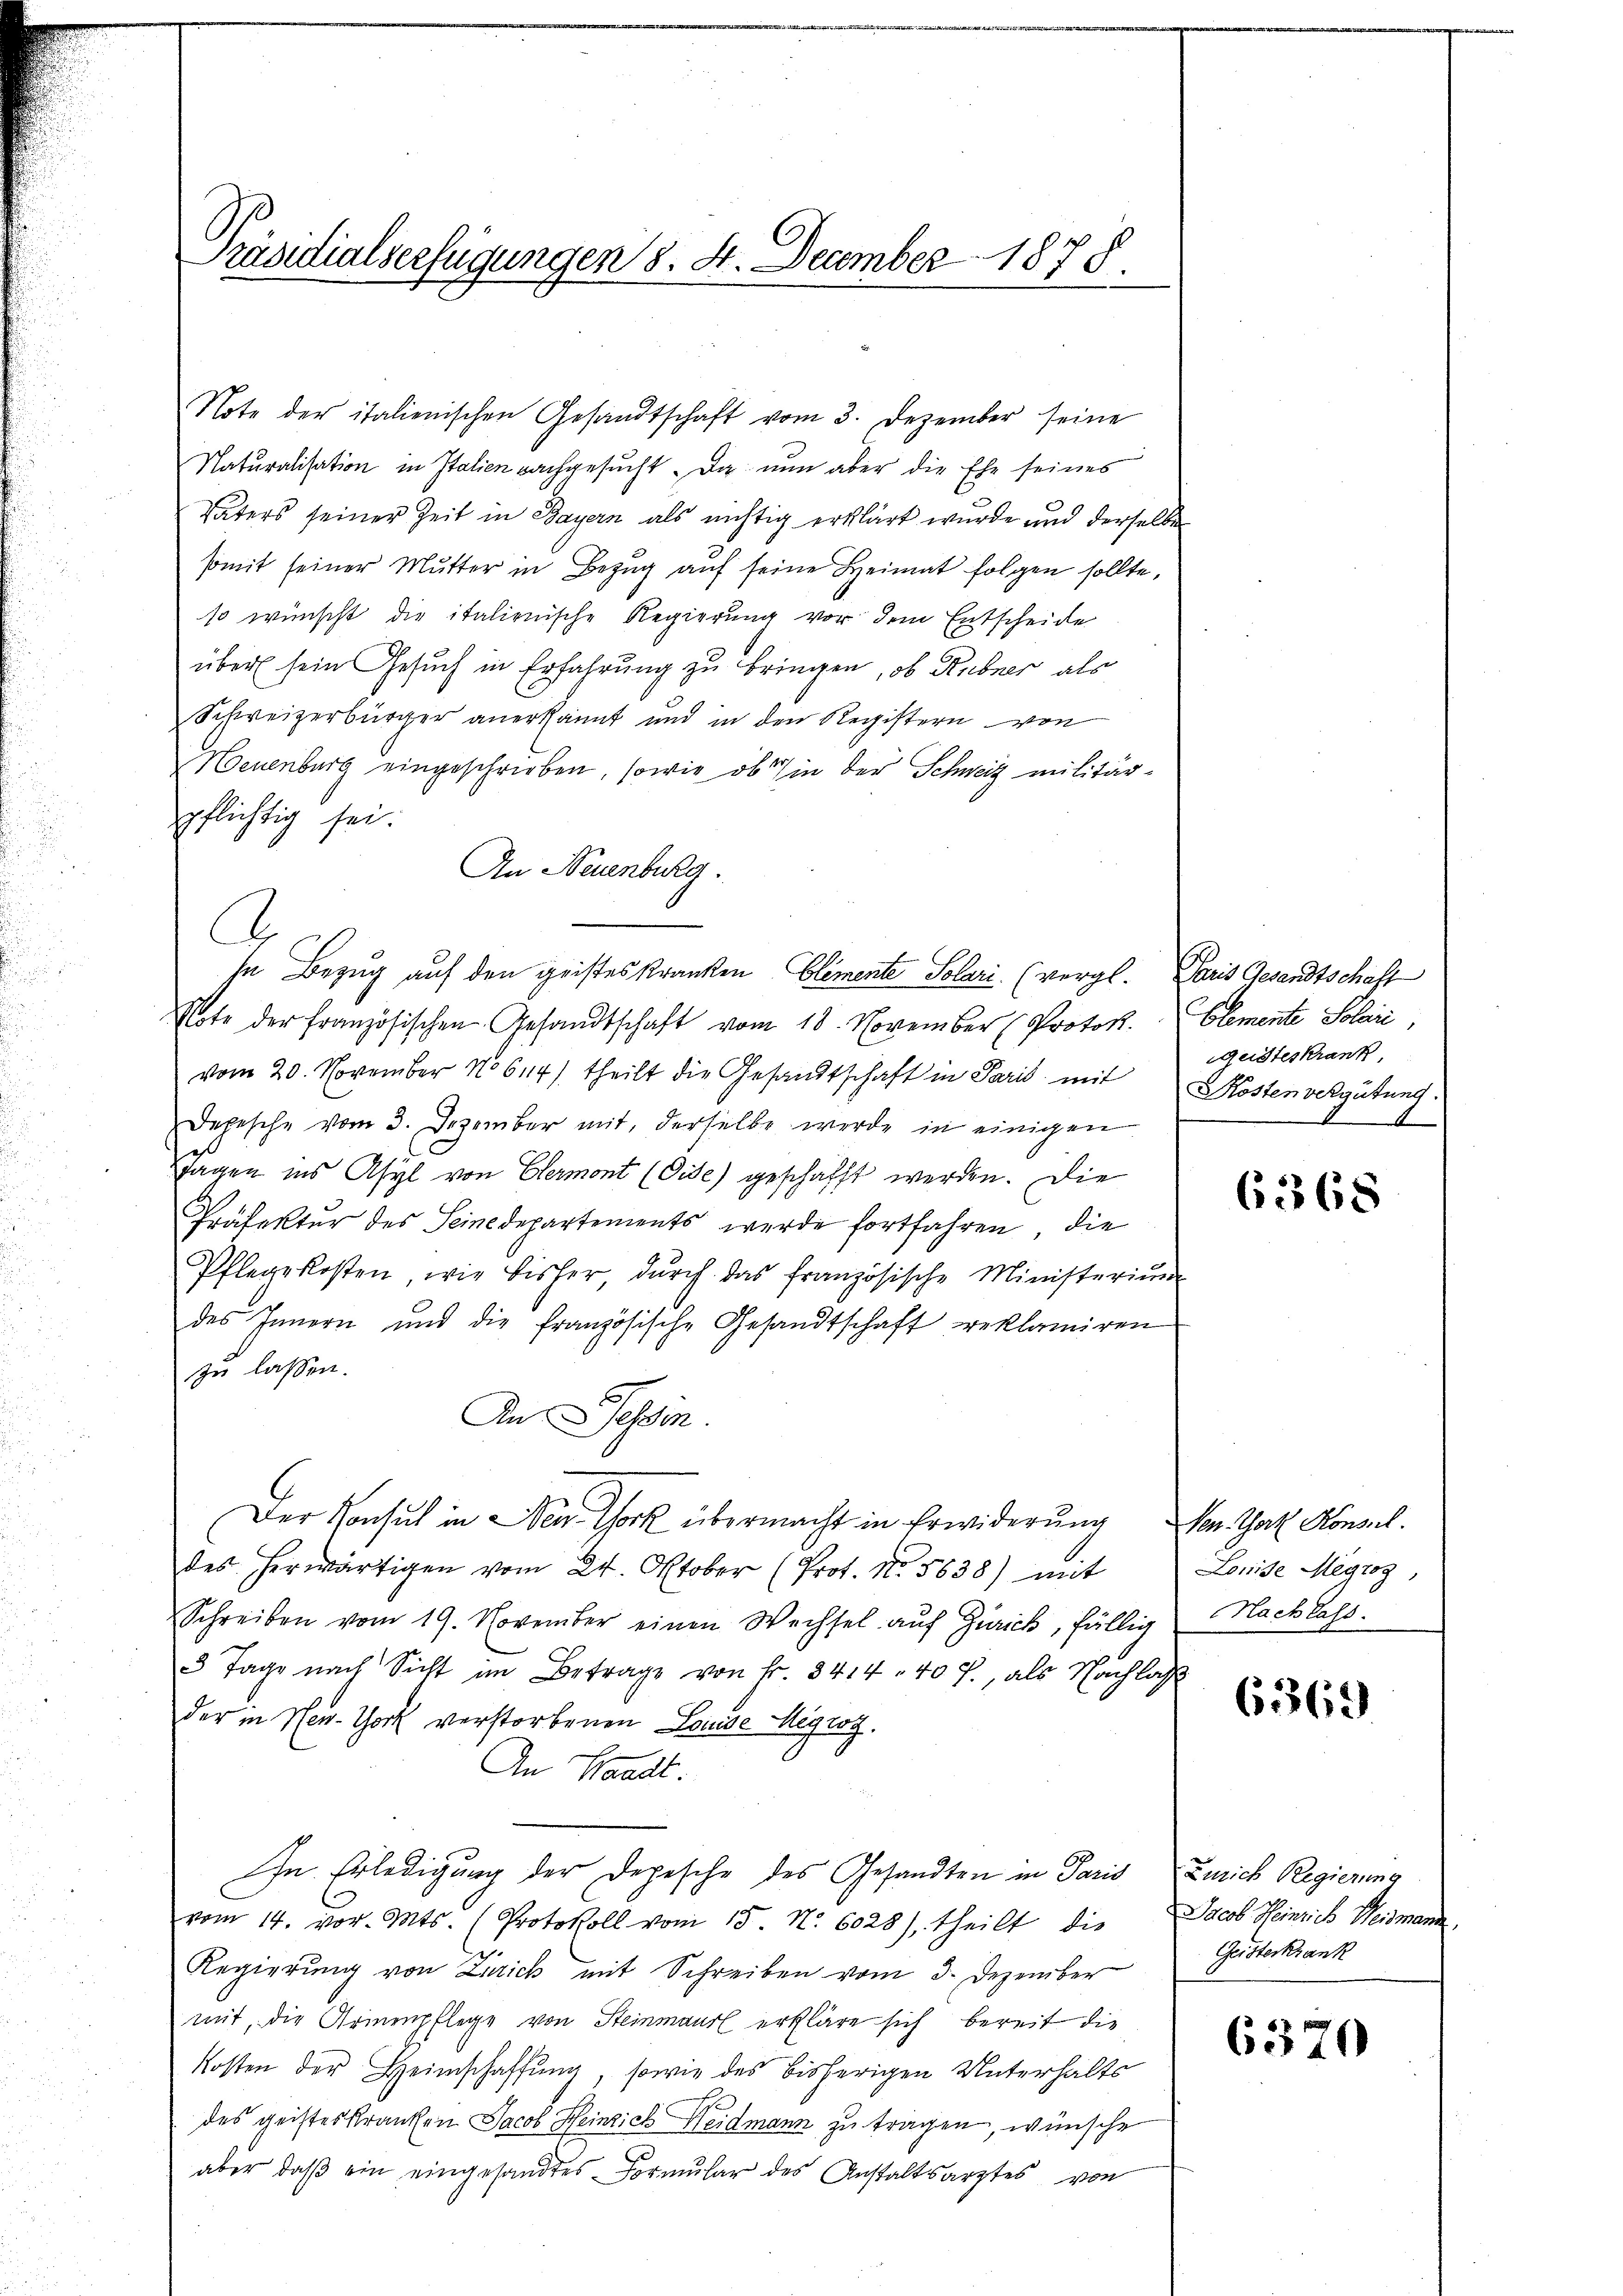
Präsidialverfügungen 8. 4. December 1875.

Note der italienischen Gesandtschaft vom 3. Dezember seine
Naturalisation in Italien nachgesucht. Da nun aber die Ehe seines
Vaters seiner Zeit in Bayern als nichtig erklärt wurde und derselben
somit seiner Mutter in Bezŭg aŭf seine Heimat folgen sollte,
so wünscht die italienische Regierung vor dem Entscheide
über sein Gesuch in Erfahrung zu bringen, ob Ribner als
Schweizerbürger anerkannt und in den Registern von
Neuenburg eingeschrieben, sowie ob in der Schweiz militärpflichtig sei.
An Neuenburg.
C
Note der französischen Gesandtschaft vom 18. November (Protok
vom 20. November No 614) theilt die Gesandtschaft in Paris mit
Depesche vom 3. Dezember mit, derselbe werde in einigen
Tagen ins Asyl von Clermont (Gise) geschafft werden. Die
Präfekter des Seinedepartements werde fortfahren, die
Pflegekosten, wie bisher, dŭrch das französische Ministeriŭm
des Innern und die französische Gesandtschaft reklamiren
zu lassen.
An essen.
Der Konsul in Neu- York übermacht in Erwiderung von That Konsul
des herwärtigen vom 24. Oktober (Prot. No. 5638) mit
Schreiben vom 19. November einen Wechsel aŭf Zürich, fällig Nachlass.
3 Tage nach Sicht im Betrage von Fr. 3414 - 40 f., als Nachlass
der in New-York verstorbenen Louise Megrot.
An Waadt.
In Erledigung der Depesche des Gesandten in Paris
vom 14. vor. Mts. (Protokoll vom 15. No. 6028), theilt die Jacob Heinrich Weidmann
Regierung von Zürich mit Schreiben vom 3. Dezember
mit, die Armenpflege von Steinmaur erkläre sich bereit die
Kosten der Heimschaffung, sowie des bisherigen Unterhalts
des geistes Kranken Jacob Heinrich Weidmann zu tragen, wünsche
aber daß ein eingesandtes Formular des Anstaltsarztes von

In Bezug auf den geisteskranken, Elemente Solari (vergl. Paris Gesandtschaft

Elemente Solan
geisteskrank,
3 Kostenvergütung.
1

6368

Louise Megroz,

6369)

Zürich Regierung
Geisterkrank

6370